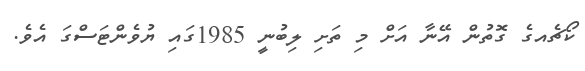
ކޯޗެއގެ ގޮތުން އޭނާ އަށް މި ތަށި ލިބުނީ 1985ގައި ޔުވެންޓަސްގަ އެވެ.